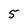
Character: 5